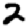
Digit: 2